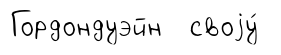
Гордондуэйн своjу́